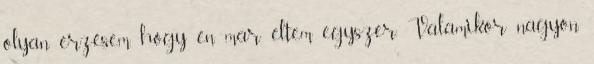
olyan érzésem, hogy én már éltem egyszer. Valamikor nagyon